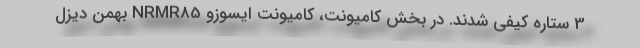
3 ستاره کیفی شدند. در بخش کامیونت، کامیونت ایسوزو NRMR85 بهمن دیزل